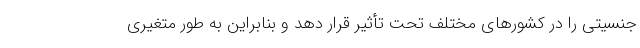
جنسیتی را در کشورهای مختلف تحت تأثیر قرار دهد و بنابراین به طور متغیری